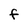
Character: F